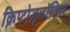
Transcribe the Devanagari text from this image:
क्रिप्टोज़ूलॉजिस्ट